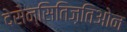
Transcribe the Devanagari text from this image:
देसेन्सितिज़तिओन